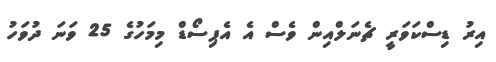
އިރު ޑިސްކަވަރީ ޗެނަލްއިން ވެސް އެ އެޕިސޯޑް މިމަހުގެ 25 ވަނަ ދުވަހު